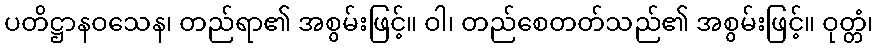
ပတိဋ္ဌာနဝသေန၊ တည်ရာ၏ အစွမ်းဖြင့်။ ဝါ၊ တည်စေတတ်သည်၏ အစွမ်းဖြင့်။ ဝုတ္တံ၊